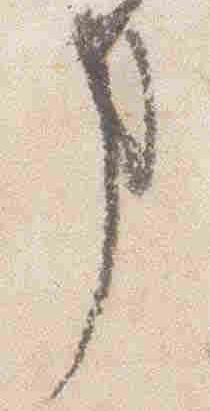
事